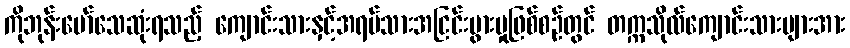
ကိုဘုန်းမော်သေဆုံးရသည့် ကျောင်းသားနှင့်အရပ်သားအငြင်းပွားမှုဖြစ်စဉ်တွင် တက္ကသိုလ်ကျောင်းသားများအား